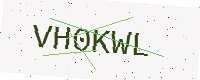
Text: VH0KWL